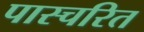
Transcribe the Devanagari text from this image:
पास्चरित